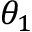
\theta _ { 1 }